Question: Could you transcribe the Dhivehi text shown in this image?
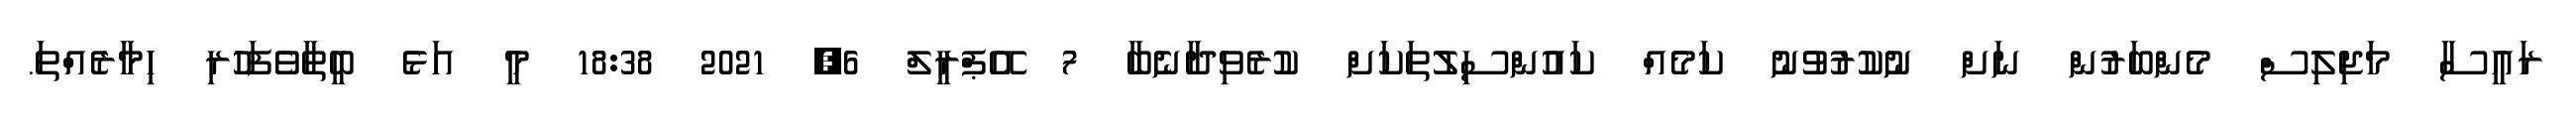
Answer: ރައީސާ މަޖިލިސް މެންބަރުން ނަށް ނުކުރުވުނު ކަމެއް ކައުންސިލުތަކަށް ކުރެވިދާނެބާ 7 އޭޕްރީލް 6, 2021 18:38 މީ އަޅެ ބީތާވެފަހުރި ހިމާރެއްތަ.